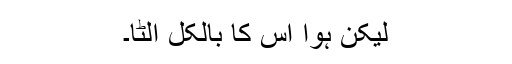
لیکن ہوا اس کا بالکل اُلٹا۔